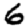
Digit: 6